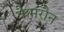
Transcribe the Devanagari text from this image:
कैमरौन